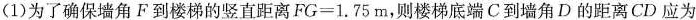
(1)为了确保墙角F到楼梯的竖直距离$$FG=1.75m$$，则楼梯底端C到墙角D的距离CD应为